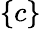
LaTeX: \{ c\}